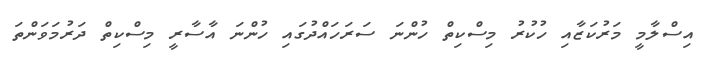
އިސްލާމީ މަރުކަޒާއި ހުކުރު މިސްކިތް ހުންނަ ސަރަހައްދުގައި ހުންނަ އާސާރީ މިސްކިތް ދަރުމަވަންތަ